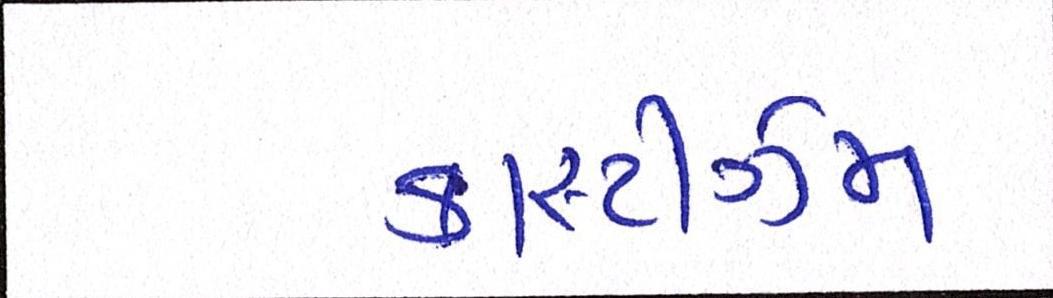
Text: કાસ્ટીઝમ